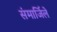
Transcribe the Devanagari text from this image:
संमार्जिले